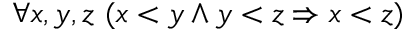
\forall x , y , z \ ( x < y \land y < z \Rightarrow x < z )